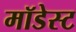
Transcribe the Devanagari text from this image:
मॉडेस्ट